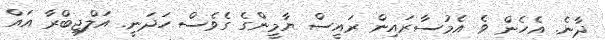
ދާނެ. އެހެން ވެ އެމުސާރައިން ރައީސް ޔާމީންގެ ގެވެސް ހަދަނީ. އަލްޖިބްރާ އައް